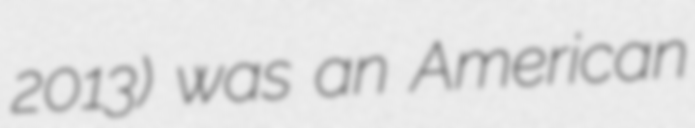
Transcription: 2013) was an American